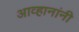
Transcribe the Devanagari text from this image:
आव्हानांनी